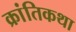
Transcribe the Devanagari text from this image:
क्रांतिकथा